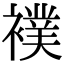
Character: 襆